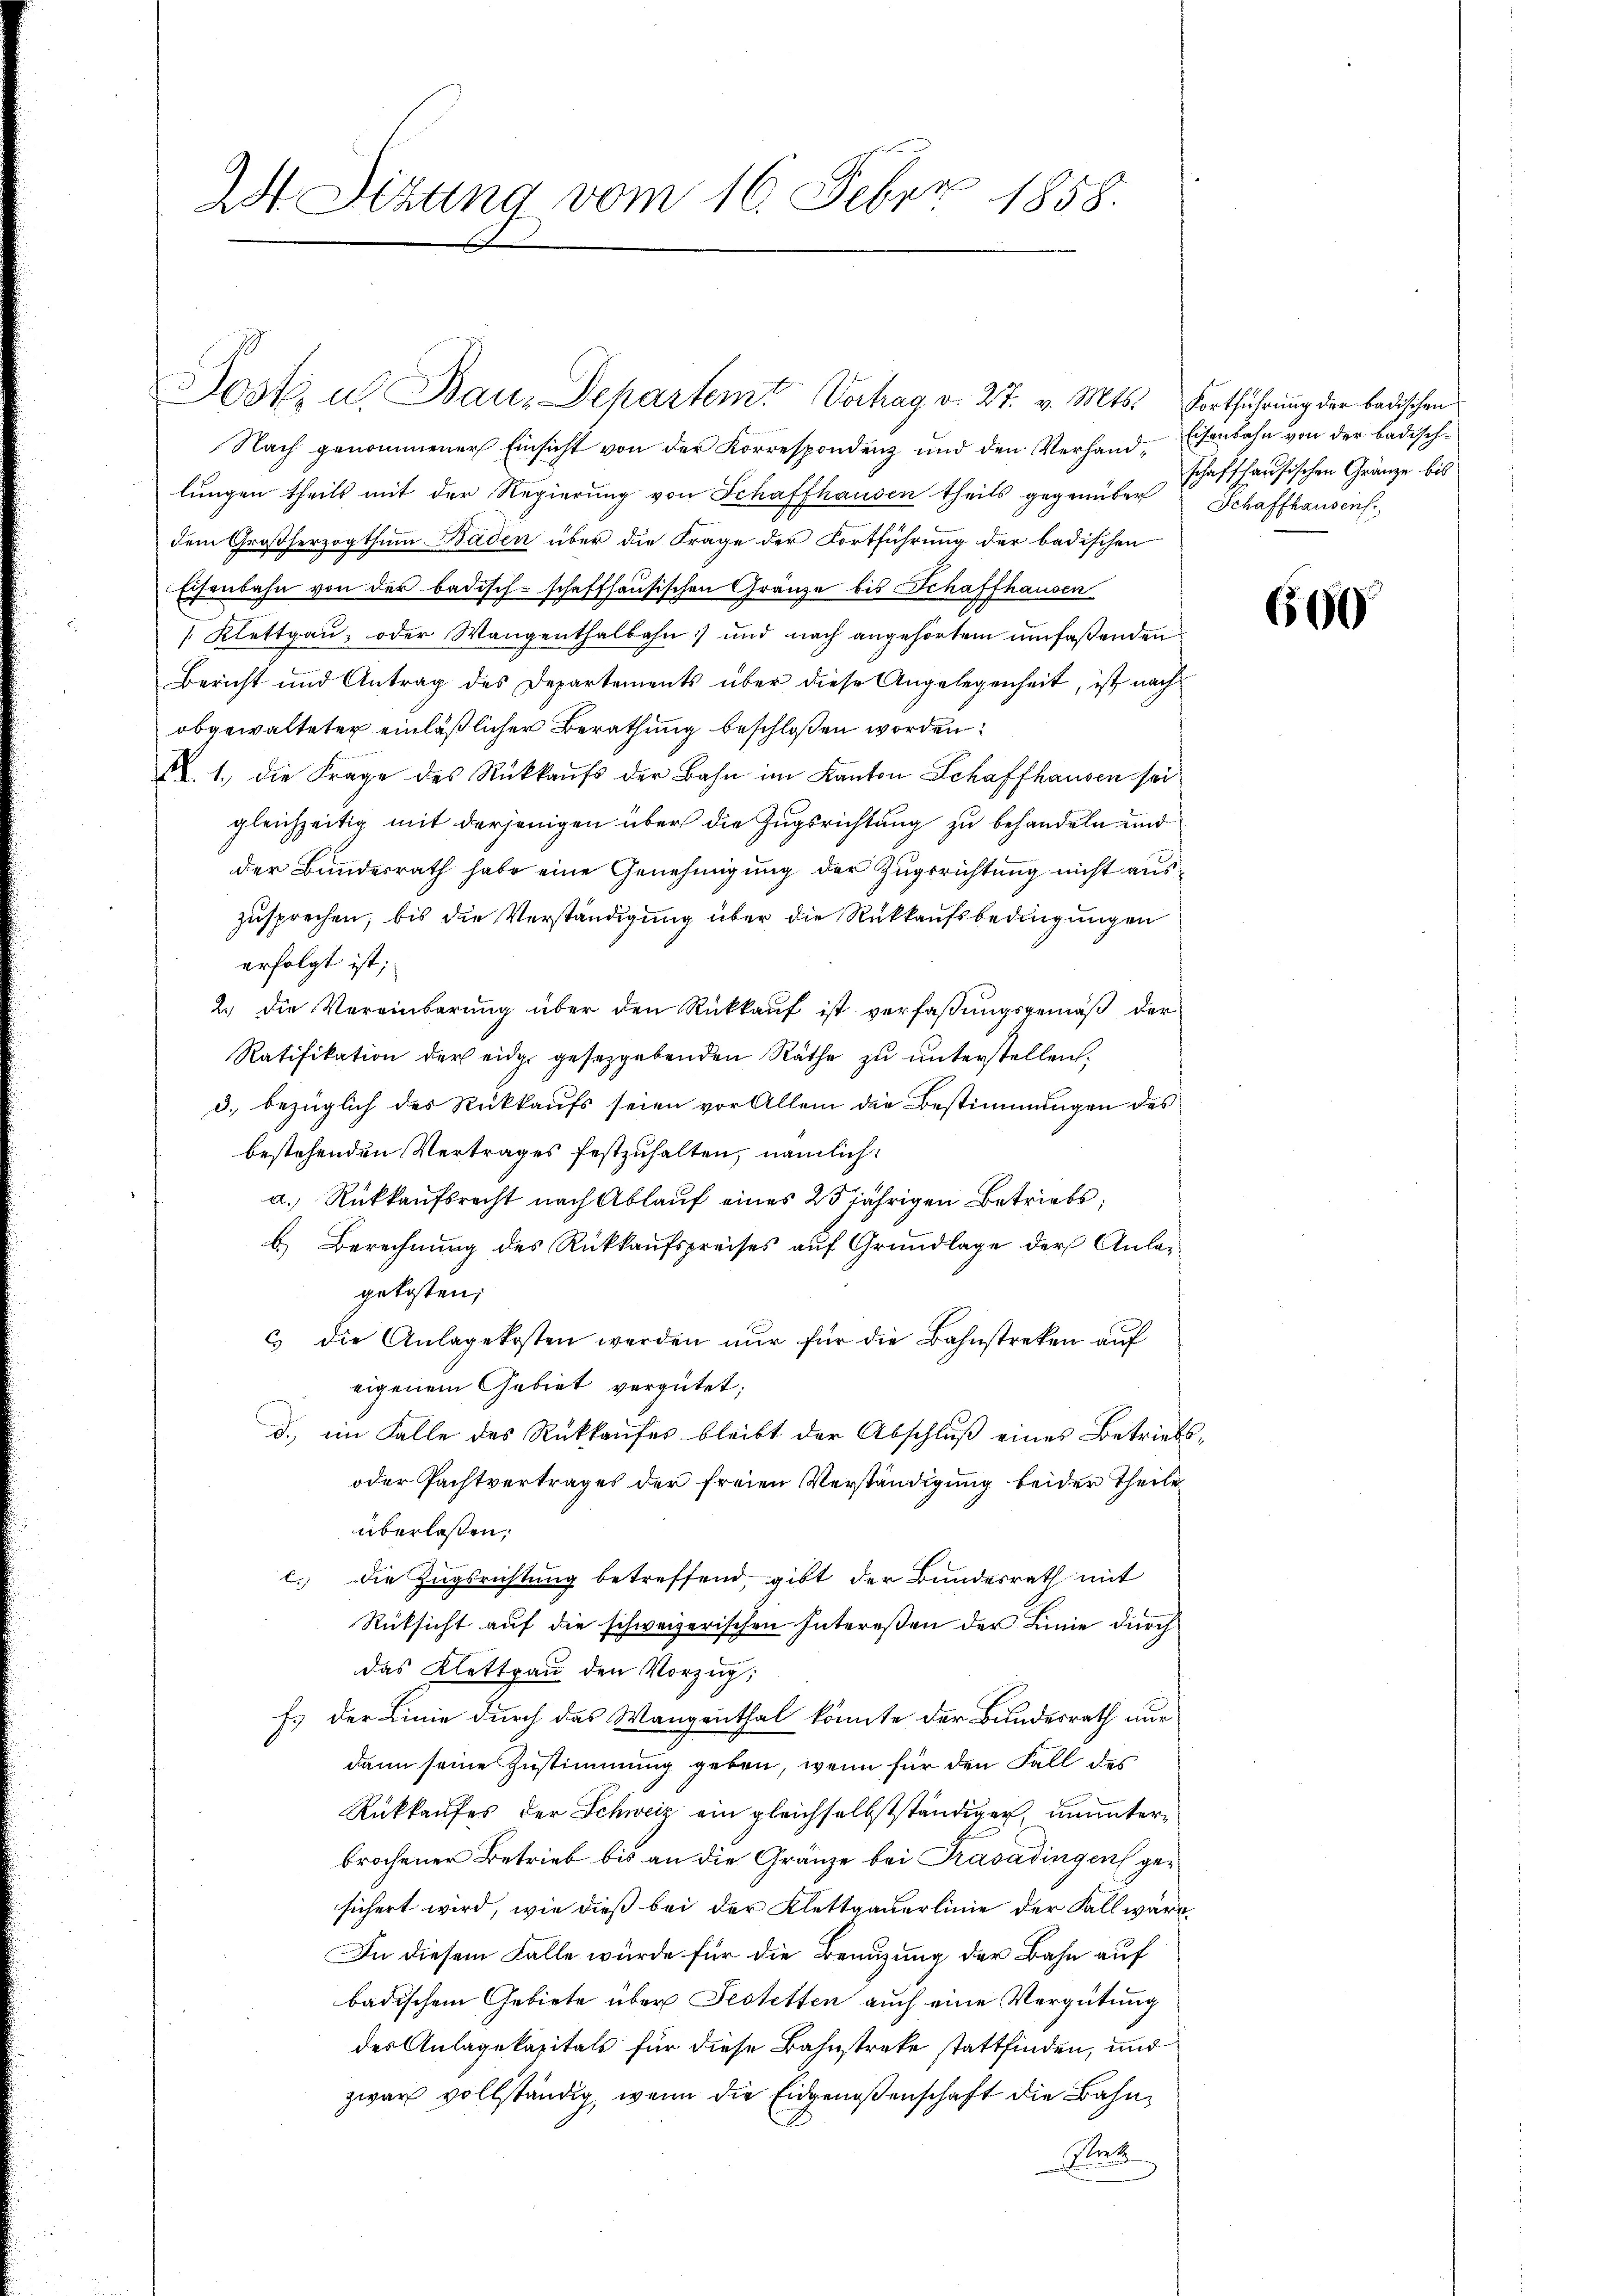
24. Sitzung vom 16. Feber 1858.

Jost u. Bau-Departem Verhag v. 27. v. Mts. Fortführung der badischen

Nach genommener Einsicht von der Korrespondenz und den Verhand, Eisenbahn von der badischlungen theils mit der Regierung von Schaffhausen theils gegenüber Schaffhausen
dem Großherzogthum Baden über die Frage der Fortführung der badischen
Eisenbahn von der badisch-schaffhausischen Gränze bis Schaffhausen
Klettgau, oder Wangenthalbahn und nach angehörtem umfaßenden
Bericht und Antrag des Departements über diese Angelegenheit, ist nach
obgewalteter einläßlicher Berathung beschloßen worden
A. 1. die Frage des Rückkaŭfs der Bahn im Kanton Schaffhausen sei
gleichzeitig mit derjenigen über die Zugsrichtung zu behandeln und
der Bundesrath habe eine Genehmigung der Zugerichtung nicht auszusprechen, bis die Verständigung über die Rückkaufsbedingungen
erfolgt ist;
2.) Die Vereinbarung über den Rückkauf ist verfaßungsgemäß der
Ratifikation der eidge gesetzgebenden Räthe zŭ ŭnterstellen.
d. bezüglich des Rückkaufs seien vor Allem die Bestimmungen des
bestehenden Vertrages festzuhalten, nämlich
a. Rückkaufsrecht nach Ablauf eines 25jährigen Betriebs
b.) Berechnung des Rückkaufspreises auf Grundlage der Anlagekosten;
c die Anlagekosten werden nur für die Bahnstreken auf
eigenem Gebiet vergütet;
d. im Falle des Rückkaufes bleibt der Abschluß eines Betriebs¬
oder Pachtvertrages der freien Verständigung beider Theile
überlassen,
c. die Zugsrichtung betreffend, gibt der Bundesrath mit
Rüksicht auf die schweizerischen Intereßen der Linie durch
das Klettgau den Vorzug,
f. der Linie durch das Wangenthal könnte der Bundesrath nur
dann seine Zustimmung geben, wenn für den Fall des
Rückkaufes der Schweiz ein gleichselbstständiger ununterbrochener Betrieb bis an die Gränze bei Trasadingen gesichert wird, wie dieß bei der Klettgauerlinie der Fall wäre
In diesem Falle würde für die Benuzung der Bahn auf
badischem Gebiete über Festetten auch eine Vergütung
des Anlagekapitals für diese Bahnstreke stattfinden, und
zwar vollständig, wenn die Eidgenoßenschaft die Bahn¬
Pret

schaffhausischen Gränze bis

600